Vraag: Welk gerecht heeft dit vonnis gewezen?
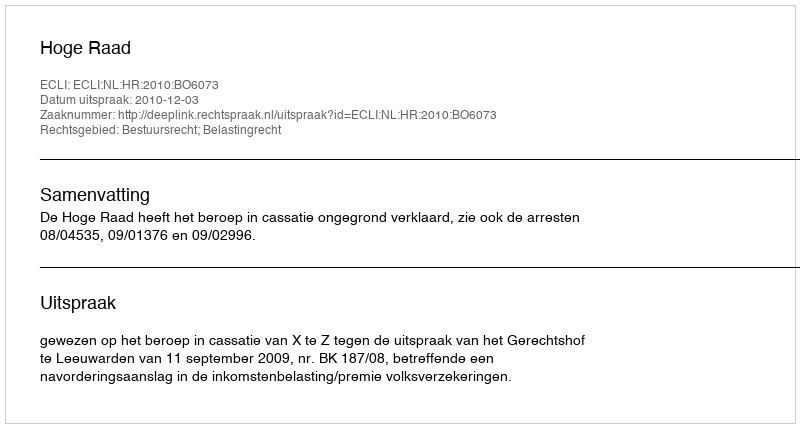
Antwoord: Hoge Raad